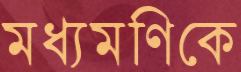
মধ্যমণিকে